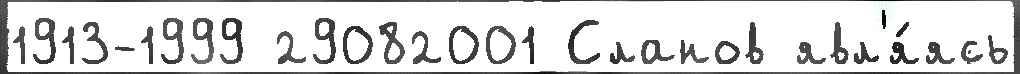
1913-1999 29082001 Сланов явл'я́ясь